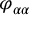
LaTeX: \varphi _ { \alpha \alpha }